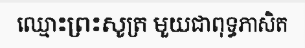
ឈ្មោះព្រះសូត្រ មួយជាពុទ្ធភាសិត